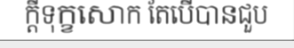
ក្តីទុក្ខសោក តែបើបានជួប